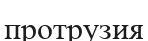
протрузия